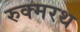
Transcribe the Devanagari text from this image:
रुक्मरथ